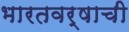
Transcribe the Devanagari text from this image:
भारतवर्षाची